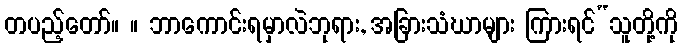
တပည့်တော်။ ။ ဘာကောင်းရမှာလဲဘုရား, အခြားသံဃာများ ကြားရင်“သူတို့ကို